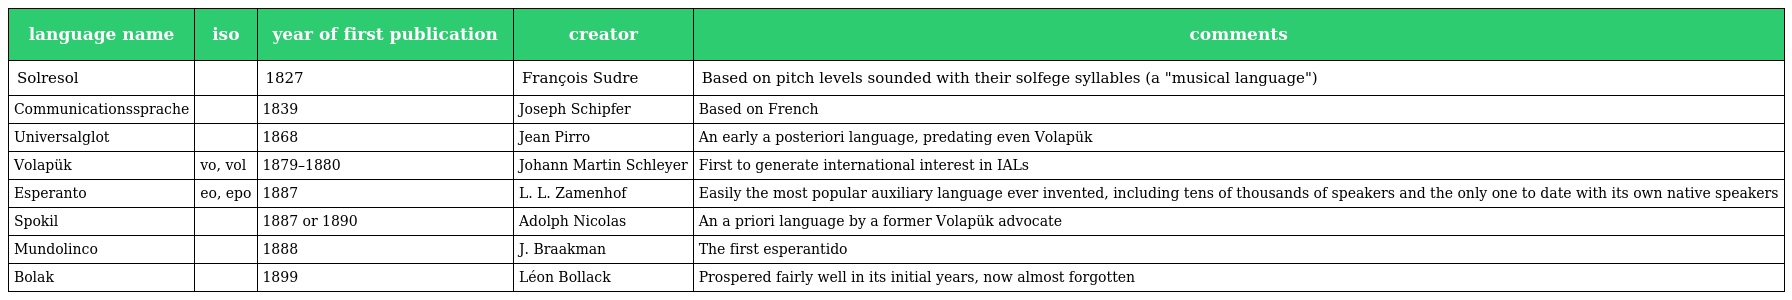
| language name | iso | year of first publication | creator | comments |
 | --- | --- | --- | --- | --- |
 | Solresol |  | 1827 | François Sudre | Based on pitch levels sounded with their solfege syllables (a "musical language") |
 | Communicationssprache |  | 1839 | Joseph Schipfer | Based on French |
 | Universalglot |  | 1868 | Jean Pirro | An early a posteriori language, predating even Volapük |
 | Volapük | vo, vol | 1879–1880 | Johann Martin Schleyer | First to generate international interest in IALs |
 | Esperanto | eo, epo | 1887 | L. L. Zamenhof | Easily the most popular auxiliary language ever invented, including tens of thousands of speakers and the only one to date with its own native speakers |
 | Spokil |  | 1887 or 1890 | Adolph Nicolas | An a priori language by a former Volapük advocate |
 | Mundolinco |  | 1888 | J. Braakman | The first esperantido |
 | Bolak |  | 1899 | Léon Bollack | Prospered fairly well in its initial years, now almost forgotten |